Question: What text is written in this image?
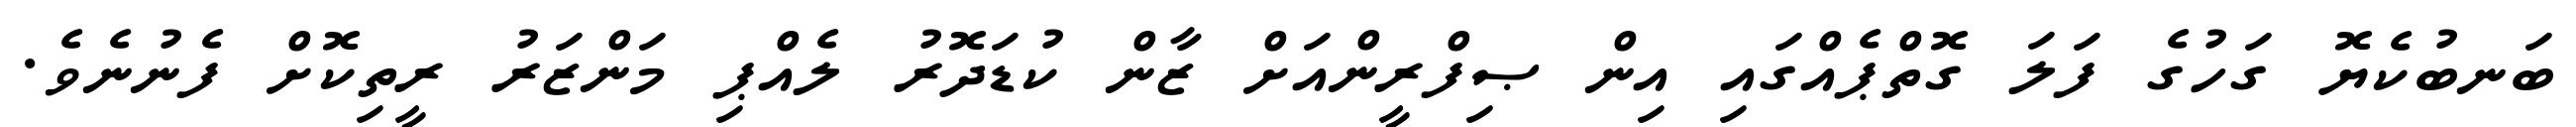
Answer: ބަނބުކެޔޮ ގަހުގެ ފަލަ ގޮތްޕެއްގައި އިން ޞިފްރީންއަށް ޒާން ކުޑަދޮރު ލެއްޕި މަންޒަރު ރީތިކޮށް ފެނުނެވެ.